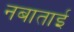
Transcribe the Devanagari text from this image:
नबाताई